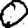
Digit: 0